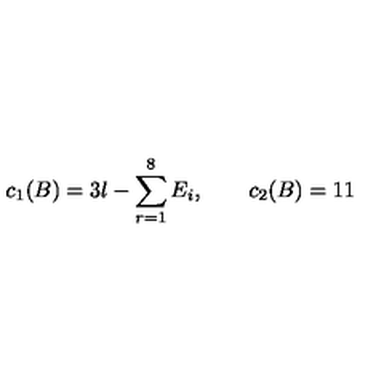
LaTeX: c _ { 1 } ( B ) = 3 l - \sum _ { r = 1 } ^ { 8 } E _ { i } , \qquad c _ { 2 } ( B ) = 1 1